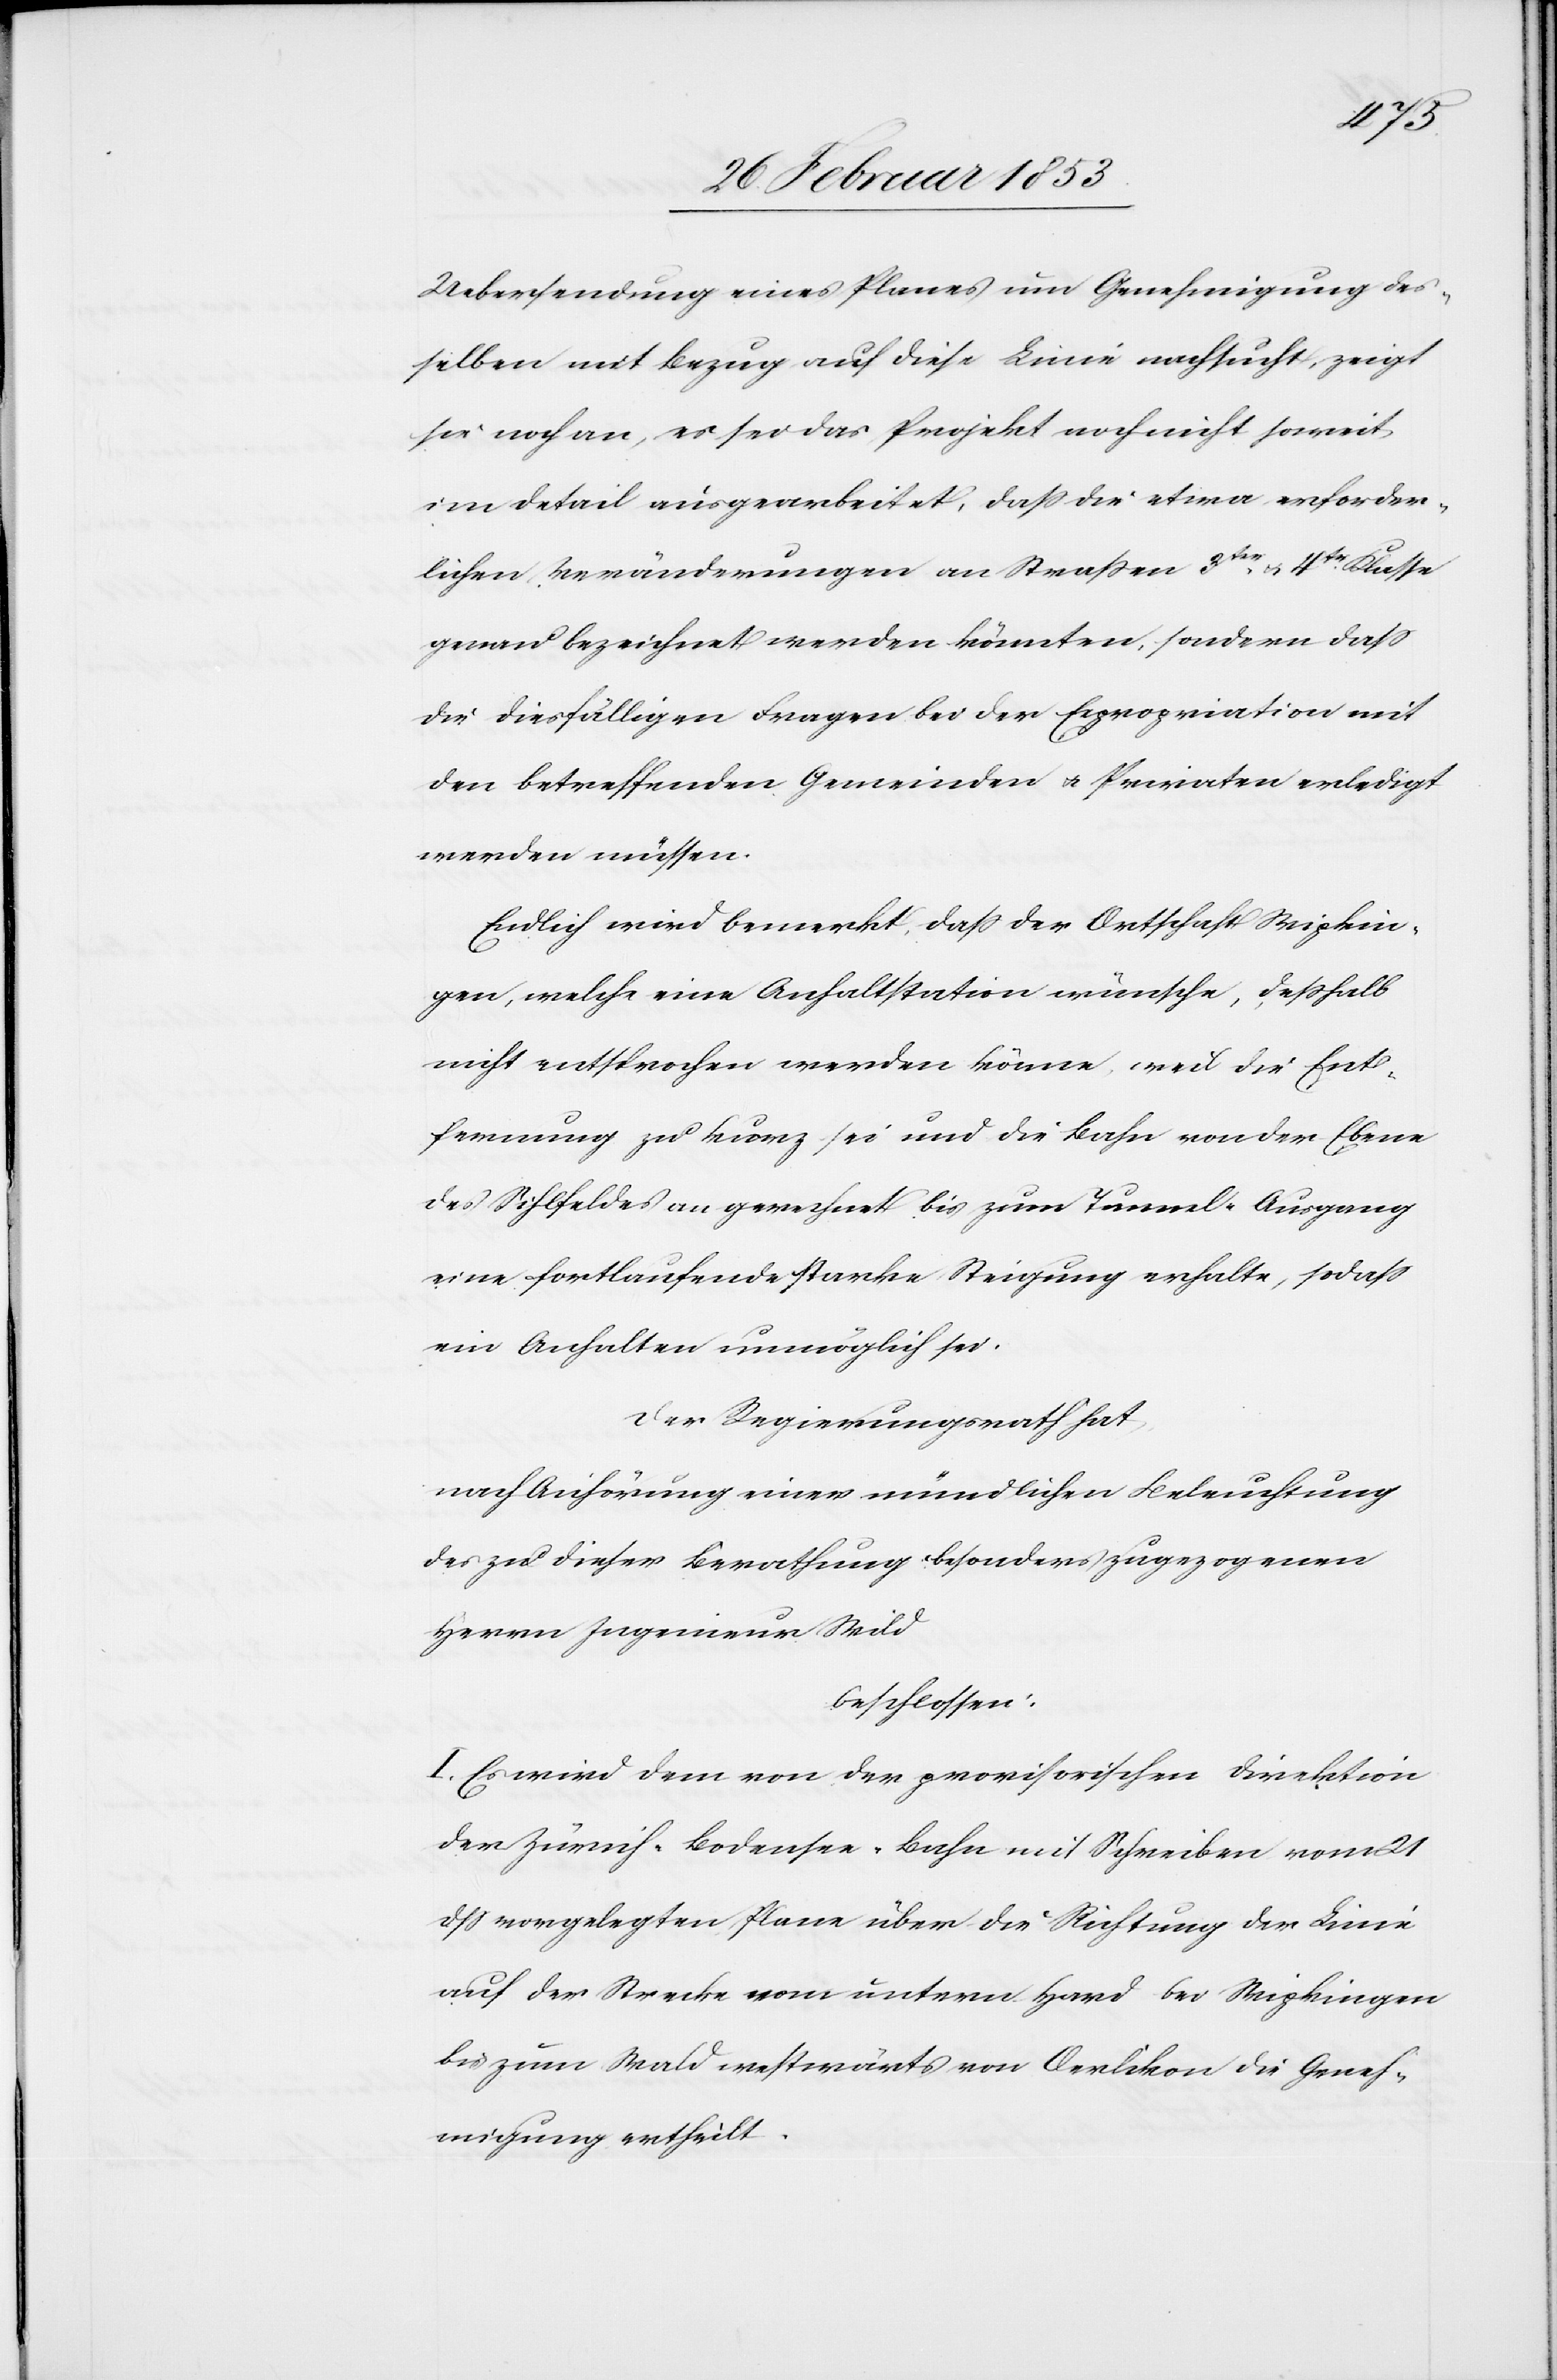
Uebersendung eines Planes um Genehmigung des¬
selben mit Bezug auf diese Linie nachsucht, zeigt
sie noch an, es sei das Projekt noch nicht soweit
im Detail ausgearbeitet, daß die etwa erforder¬
lichen Veränderungen an Straßen 3ter. u. 4ter. Klasse
genau bezeichnet werden könnten, sondern daß
die diesfälligen Fragen bei der Expropriation mit
den betreffenden Gemeinden u. Privaten erledigt
werden müssen.
Endlich wird bemerkt, daß der Ortschaft Wipkin¬
gen, welche eine Anhaltstation wünsche, deßhalb
nicht entsprochen werden könne, weil die Ent¬
fernung zu kurz sei und die Bahn von der Ebene
des Sihlfeldes an gerechnet bis zum Tunnel-Ausgang
eine fortlaufende starke Steigung erhalte, so daß
ein Anhalten unmöglich sei.
Der Regierungsrath hat,
nach Anhörung einer mündlichen Beleuchtung
des zu dieser Berathung besonders zugezogenen
Herrn Ingenieur Wild
beschlossen:
I. Es wird dem von der provisorischen Direktion
der Zürich-Bodensee-Bahn mit Schreiben vom 21
dß vorgelegten Plane über die Richtung der Linie
auf der Strecke vom untern Hard bei Wipkingen
bis zum Wald westwärts von Oerlikon die Geneh¬
migung ertheilt.